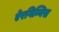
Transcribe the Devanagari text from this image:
ऐरगिन्निस